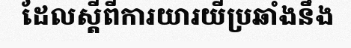
ដែលស្តីពីការយារយីប្រឆាំងនឹង